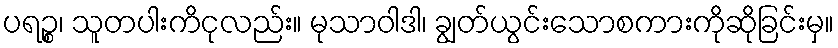
ပရဉ္စ၊ သူတပါးကိငုလည်း။ မုသာဝါဒါ၊ ချွတ်ယွင်းသောစကားကိုဆိုခြင်းမှ။